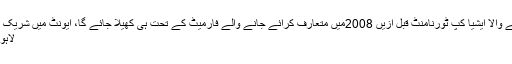
رواں سال یواے ای میں شیڈول کیا جانے والا ایشیا کپ ٹورنامنٹ قبل ازیں 2008میں متعارف کرائے جانے والے فارمیٹ کے تحت ہی کھیلا جائے گا، ایونٹ میں شریک 6ٹیموں کو 2گروپس میں تقسیم کرکے
لاہور (ویب ڈیسک )آپ دل نہیں چھوڑیں‘‘۔